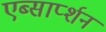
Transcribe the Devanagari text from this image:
एब्सार्प्शन